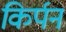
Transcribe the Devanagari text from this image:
किर्पन